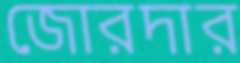
জোরদার